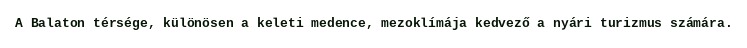
A Balaton térsége, különösen a keleti medence, mezoklímája kedvező a nyári turizmus számára.